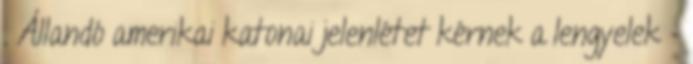
. Állandó amerikai katonai jelenlétet kérnek a lengyelek -